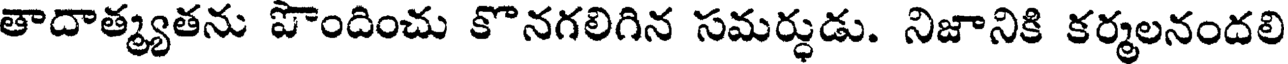
తాదాత్మ్యతను పొందించు కొనగలిగిన సమర్శడు. నిజానికి కర్మలనందలి